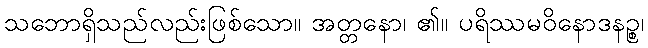
သဘောရှိသည်လည်းဖြစ်သော။ အတ္တနော၊ ၏။ ပရိဿမဝိနောဒနဉ္စ၊